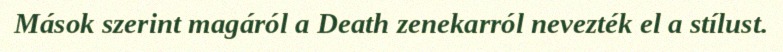
Mások szerint magáról a Death zenekarról nevezték el a stílust.